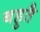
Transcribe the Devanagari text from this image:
बहुतै